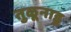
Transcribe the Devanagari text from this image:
तुळूनाडू